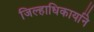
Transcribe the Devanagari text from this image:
जिल्हाधिकार्याने